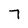
Character: 7